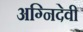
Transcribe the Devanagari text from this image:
अग्निदेवी